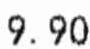
9.90